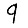
Digit: 9